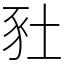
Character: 䝅